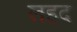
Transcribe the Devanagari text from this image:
लहद